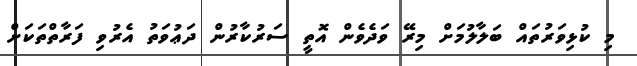
މި ކުޅިވަރުތައް ބަލާލުމަށް މިރޭ ވަދެވެން އޮތީ ސަރުކާރުން ދަޢުވަތު އެރުވި ފަރާތްތަކަށް